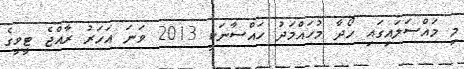
މި މައްސަލައިގައި ހޯދާ މުހައްމަދު ހައްސާނަކީ 2013 ވަނަ އަހަރު ރާއްޖެ ޓީވީގެ